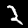
Digit: 2